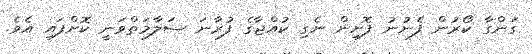
ގަންގާ ކޯރުން ފެނުނު ފޮށިން ނެގި ކުއްޖާގެ ފުރާނަ ސަލާމަތްވަނީ ކޮށްފައި އެވެ.